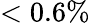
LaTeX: <0.6\%